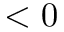
< 0